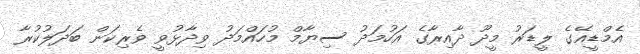
އެމްޑީއޭގެ ލީޑަރު މީދޫ ދާއިރާގެ އަހުމަދު ސިޔާމް މުހައްމަދު ވިދާޅުވީ ވެރިކަން ބަދަލުކުރާ